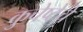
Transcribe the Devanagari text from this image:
कुचेष्टेचे